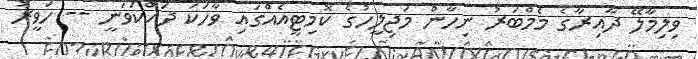
ވިލިމާލޭ ދާއިރާގެ މެމްބަރު ނިހާން މަޖިލީހުގެ ކޮމިޓީއެއްގައި ވާހަކަ ދައްކަވަނީ -- ހަވީރު